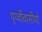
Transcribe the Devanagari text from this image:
पृथ्वीवासीयो